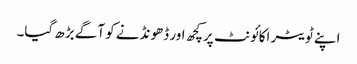
اپنے ٹویٹر اکائونٹ پرکچھ اور ڈھونڈنے کو آگے بڑھ گیا۔